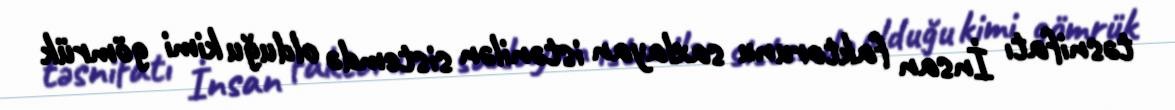
təsnifatı İnsan faktorunu saxlayan istənilən sistemdə olduğu kimi gömrük